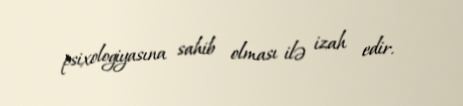
psixologiyasına sahib olması ilə izah edir.